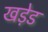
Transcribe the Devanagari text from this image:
खड़ेड